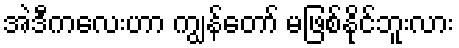
အဲဒီကလေးဟာ ကျွန်တော် မဖြစ်နိုင်ဘူးလား